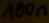
Text: 100n